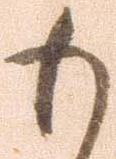
も